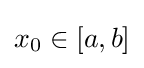
x_{0}\in [a,b]